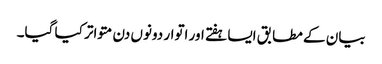
بیان کے مطابق ایسا ہفتے اور اتوار دونوں دن متواتر کیا گیا۔